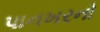
પાનખરનો